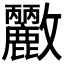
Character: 𭤓